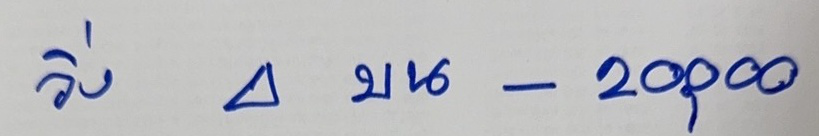
วิ่ง 4 บน - 20,000